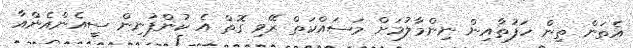
އެތަން ތިން ހަފުތާއިން ނިންމާލުމަށް މަސައްކަތް ރޭވި ގޮތް އެ ކުންފުނިން ސީއެންއެންއާ